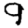
Digit: 9